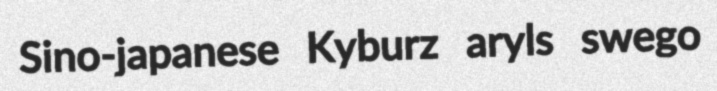
Sino-japanese Kyburz aryls swego